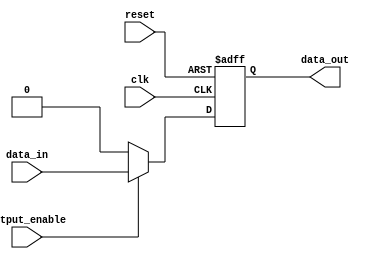
module open_drain_buffer(
    input wire clk,
    input wire reset,
    input wire data_in,
    input wire output_enable,
    output reg data_out
);

    always @(posedge clk or posedge reset) begin
        if (reset) begin
            data_out <= 1'b0;
        end else begin
            if (output_enable) begin
                data_out <= data_in;
            end else begin
                data_out <= 1'b0; // Output is low when output enable is disabled
            end
        end
    end

endmodule